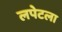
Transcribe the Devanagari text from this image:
लपेटला